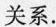
关系。